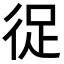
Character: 𭛬